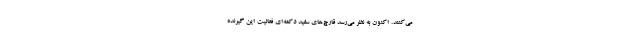
می‌کنند. اکنون به نظر می‌رسد قارچ‌های سفید دکمه‌ای فعالیت این گیرنده